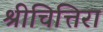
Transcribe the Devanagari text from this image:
श्रीचित्तिरा